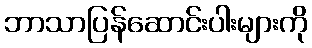
ဘာသာပြန်ဆောင်းပါးများကို